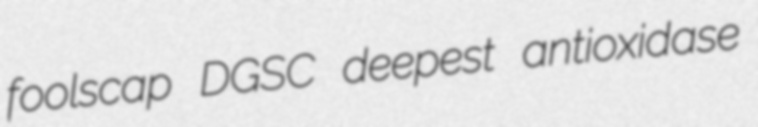
foolscap DGSC deepest antioxidase